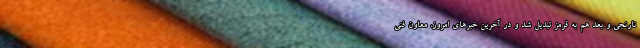
نارنجی و بعد هم به قرمز تبدیل شد و در آخرین خبر‌های امروز، معاون فنی